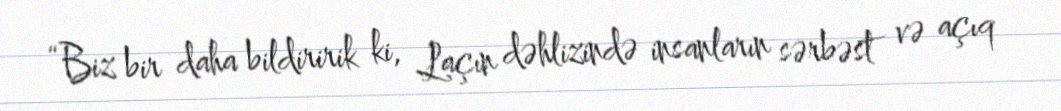
“Biz bir daha bildiririk ki, Laçın dəhlizində insanların sərbəst və açıq